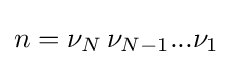
n=\nu _{N}\,\nu _{N-1}...\nu _{1}